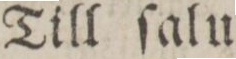
Till ſalu.